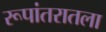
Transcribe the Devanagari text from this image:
रूपांतरातला